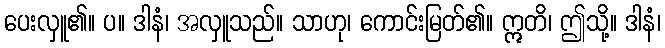
ပေးလှူ၏။ ပ။ ဒါနံ၊ အလှူသည်။ သာဟု၊ ကောင်းမြတ်၏။ ဣတိ၊ ဤသို့။ ဒါနံ၊